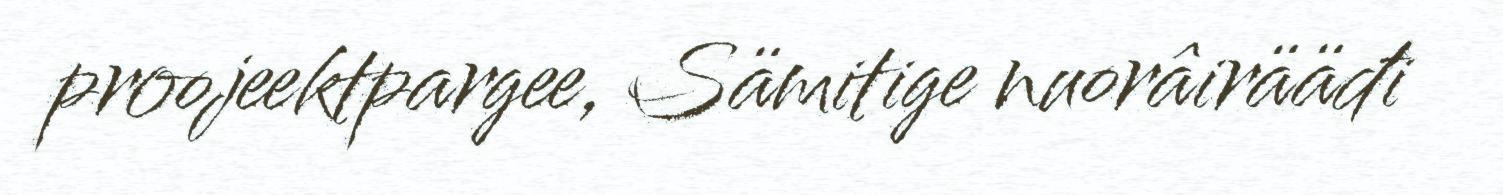
proojeektpargee, Sämitige nuorâirääđi